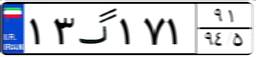
۶۴گ۶۹۷۹۲